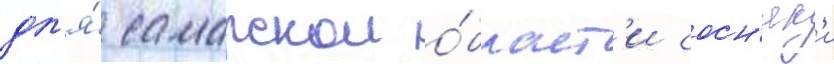
дл'я́ самарскои о́бласт'и сосн'як'и